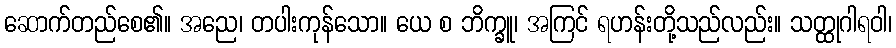
ဆောက်တည်စေ၏။ အညေ၊ တပါးကုန်သော။ ယေ စ ဘိက္ခူ၊ အကြင် ရဟန်းတို့သည်လည်း။ သတ္ထုဂါရဝါ၊